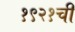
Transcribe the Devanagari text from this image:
१९२१ची